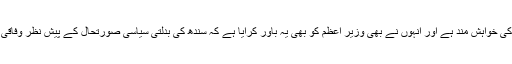
مسلم لیگ ن سندھ کی قیادت بھی گورنر سندھ کی تبدیلی کی خواہش مند ہے اور انہوں نے بھی وزیر اعظم کو بھی یہ باور کرایا ہے کہ سندھ کی بدلتی سیاسی صورتحال کے پیش نظر وفاقی حکومت صوبہ سندھ میں اپنے نمائندے کو تبدیل کرے ۔